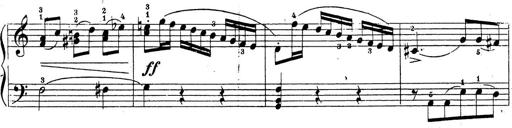
Title: 10 Sonatinas
Composer: Fritz Spindler